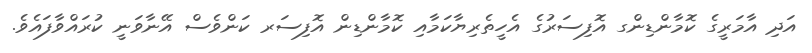
އަދި އާމަރީގެ ކޮމާންޑިންގ އޮފިސަރުގެ އެހީތެރިޔާކަމާއި ކޮމާންޑިން އޮފިސަރ ކަންވެސް އޭނާވަނީ ކުރައްވާފައެވެ.